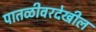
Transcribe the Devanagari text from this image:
पातळीवरदेखील